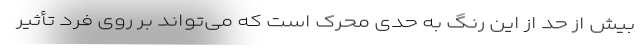
بیش از حد از این رنگ به حدی محرک است که می‌تواند بر روی فرد تأثیر